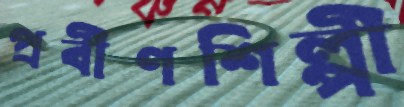
প্রবীণশিল্পী